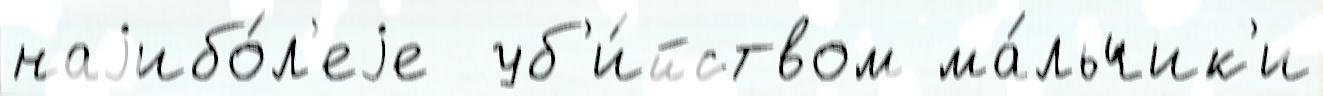
наjибо́л'еjе  уб'и́йством ма́льчик'и